Cholera in India, 1862 to 1881
Year: 1862
Disease focus: Cholera
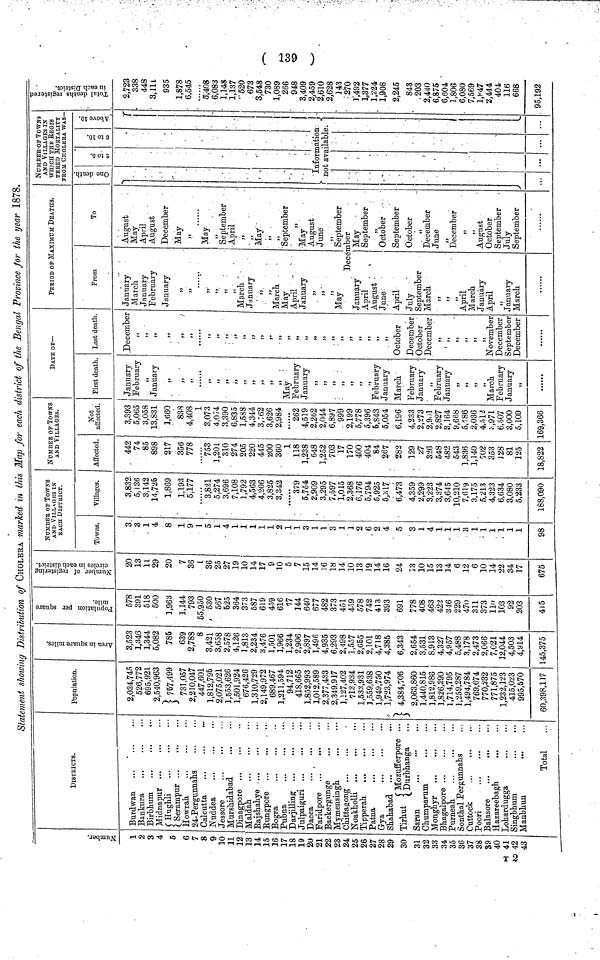
139
Statement showing Distribution of CHOLERA marked in this Map for each district of the Bengal Province for the year 1878.
Number
1
2
3
4
5
6
7
8
9
10
11
12
13
14
15
16
17
18
19
20
21
22
23
24
25
26
27
28
29
30
31
32
33
34
35
36
37
38
39
40
41
2 42
43 .
DISTRICTS.
Burdwan
Bankura
Birbhum
•••
Midnapur
Hughli
Serampur ...
Howrah
24-PergunnaIis
Calcutta
Nuddea
Jessore
Murshidabad
Dinagpore
Maldah
Bajshahye
Rungpore
Bogra
Pubna
Darjilling
Julpaiguri
Dacca
Faridpore ...
...
Backergunge
Mymensingh
Chittagong
Noakholli
Tipperah
Patna
Gya
Shahabad
...
Mozufferpore.
Tirhut
Durbhanga
.
Saran
Chumparun
Monghyr
Bhagalpore
Purneah
Sonthal Pergunnahs
Cuttock
Poori
Balasore
...
...
Hazareebagh
...
Lohardugga
Singbhum
Manbhun
•••
Total
Population.
2,034,745
526,772
695,921
2,540,963
757,499
731,057
2,210,047
447,601
1,812,795
2,075,021
1,553,626
1,501,924
676,426
1,310,729
2,149,972
689,467
1,211,594
94,712
418,665
1,852,993
1,012,589
2,377,433
2,349,917
1,127,402
713,934
1,533,931
1,559,638
1,949,750
1,723,974
4,384,706
2,063,860
1,440,815
1,812,988
1,826,290
1,714,795
1,259,287
1,494,784
769,674
770,232
771,875
1,232,123
415,023
995,570
60,398,117 1
Area in square miles
3,523
1,346
1,344
5,082
785
639
2,788
8
3,421
3,658
2,578
4,126
1,813
2,234
3,476
1,501
1,966
1,234
2,906
2,897
1,496
4,935
6,293
2,498
1,557
2,655
2,101
4,718
4,385
6,343
2,654
3,531
8,913
4,327
4,957
5,488
3,178
2,473
2,066
7,021
12,044
4,503
4,914
45,375
population per square
mile
578
391
518
500
3,963
1,144
793
55,950
530
567
525
364
373
587
619
459
616
77
144
640
677
482
373
451
459
578
742
413
393
691
778
408
463
422
346
229
470
311
373
110
103
92
203
415
Number of registerar circle
in each district
20
13
11
29
20
7
36
1
36
25
27
19
10
14
17
9
10
5
15
14
16
18
14
10
13
19
14
16
24
13
10
15
13
14
6
12
6
10
14
22
34
17
675
NUMBER OF TOWNS
AND V I LLAGES IN
EACH DISTRICT.
Towns.
3
•: 3
1
4
8
1
9
I
5
1
4
1
1
1
1
1
2
1
1
3
1
1
3
1
1
2
6
2
4
5
3
1
4
1
1
1
3
1
1
1
1
1
1
98
Villages.
3,832
5,136
3,142
14,725
1,869
1,193
5,177
3,821
5,274
3,696
7,108
1,792
4,563
4,206
3,825
3,342
......
379
5,754
2,909
3,295
7,597
1,015
2,368
6,176
5,794
5,925
6,317
6,473
4,359
2,299
3,223
3,374
3,645
10,210
7,619
3,175
5,213
4,323
6,634
3,080
5,233
188,090
NUMBER OF TOWNS AND VILLAGE
NUMBER OF TOWNS
AND VILLAGES.
Affected
442
74
85
898
217
356
778
753
1,201
310
274
205
220
445
200
360
1
118
1,238
648
1,252
703
17
170
400
404
84
267
282
129
27
326
548
482
543
1,836
1,140
702
353
128
81
125
18,822 .
Not
affected
3,393
5,065
3,058
13,831
3,660
838
4,408
1
3,073
4,074
3,390
6,835
1,588
4,344
3,762
3,626
2,984
262
4,519
2,262
2,044
6,897
999
2,199
5,778
5,396
5,843
5,054
6,196
4,233
2,273
2,901
2,827
3,164
9,668
5,786
2,036
4,512
,97l
6,507
3,000
5,109
169,366
DATE OF—
First death
January
February
99
January
9>
,,
,,
,,
,,
,,
,,
,,
,,
,,
,,
99
May
February
January
,,
,,
,,
,,
,,
,,
•>
February
January
March
February
January
,,
February
January
,,
,,
,,
,,
March
February
January
,,
Last death
December
,,
,,
,,
,,
,,
,,
,,
,,
5J
,,
„
,,
,,
,,
October
December
October
December
November
December
September
December
PERIOD OF MAXIMUM DEATHS.
From
January
March
January
February
January
„
,,
,,
,,
,,
5)
March
January
,,
,,
March
May
April
January
,,
,,
,,
May
To
August
May
April
August
December
May
,,
May
,,
September
April
,,
,,
May
,,
,,
September
May
August
June
,,
September
December
January
April
August
June
April
July
September
March
,,
,,
,,
April
March
January
April
,,
January
March
May
September
,,
October
September
October
,,
December
June
99
December
,,
99
August
October
September
July
September
NUMBER-OF TOWNS
AND VILLAGES IN
which THE REGIS
TErED MORTALITY
FROM CHOLERA WAS
One death 2 to 5 6 to 10 Above 10
'
Information ;
not available.
Total deaths registerd in each
2,723
338
448
3, 111
935
1,878
6,545
5,408
6,083
1,148
1,137
520
673
3,548
730
1,089
266
948
3,409
2,459
2,610
2,628
143
270
1,492
1,377
1,224
1,908
2,245
843
203
2,440
6,875
6,604
1,806
6,080
7,569
1,847
2,444
404
118
668
95,192